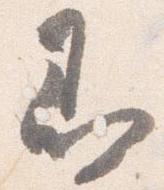
即